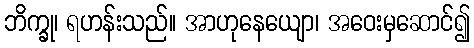
ဘိက္ခု၊ ရဟန်းသည်။ အာဟုနေယျော၊ အဝေးမှဆောင်၍